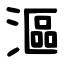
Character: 漚